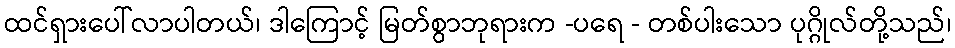
ထင်ရှားပေါ်လာပါတယ်၊ ဒါကြောင့် မြတ်စွာဘုရားက -ပရေ - တစ်ပါးသော ပုဂ္ဂိုလ်တို့သည်၊